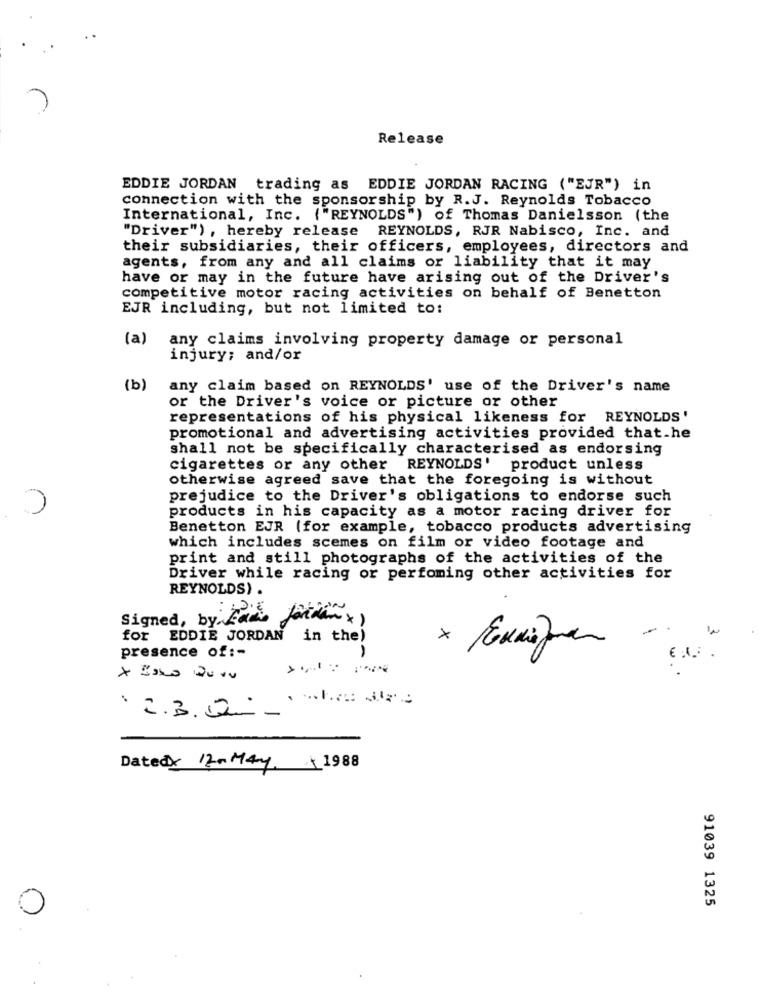
Release
EDDIE JORDAN trading as EDDIE JORDAN RACING ( "EJR") in
connection with the sponsorship by R. J. Reynolds Tobacco
International, Inc. ("REYNOLDS") of Thomas Danielsson (the
"Driver") , hereby release REYNOLDS, RJR Nabisco, Inc. and
their subsidiaries, their officers, employees, directors and
agents, from any and all claims or liability that it may
have or may in the future have arising out of the Driver's
competitive motor racing activities on behalf of Benetton
EJR including, but not limited to:
(a)
any claims involving property damage or personal
injury; and/or
(b)
any claim based on REYNOLDS' use of the Driver's name
or the Driver's voice or picture or other
representations of his physical likeness for REYNOLDS'
promotional and advertising activities provided that.he
shall not be specifically characterised as endorsing
cigarettes or any other REYNOLDS' product unless
otherwise agreed save that the foregoing is without
prejudice to the Driver's obligations to endorse such
products in his capacity as a motor racing driver for
Benetton EJR (for example, tobacco products advertising
which includes scemes on film or video footage and
print and still photographs of the activities of the
Driver while racing or perfoming other activities for
REYNOLDS) .
Signed, by Far
Jordan x )
for EDDIE JORDAN in the)
presence of :-
-
.2.3.2 .
Datedy 12-May 1988
91039 1325